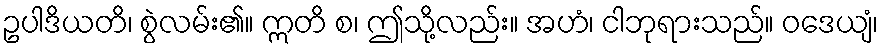
ဥပါဒိယတိ၊ စွဲလမ်း၏။ ဣတိ စ၊ ဤသို့လည်း။ အဟံ၊ ငါဘုရားသည်။ ဝဒေယျံ၊